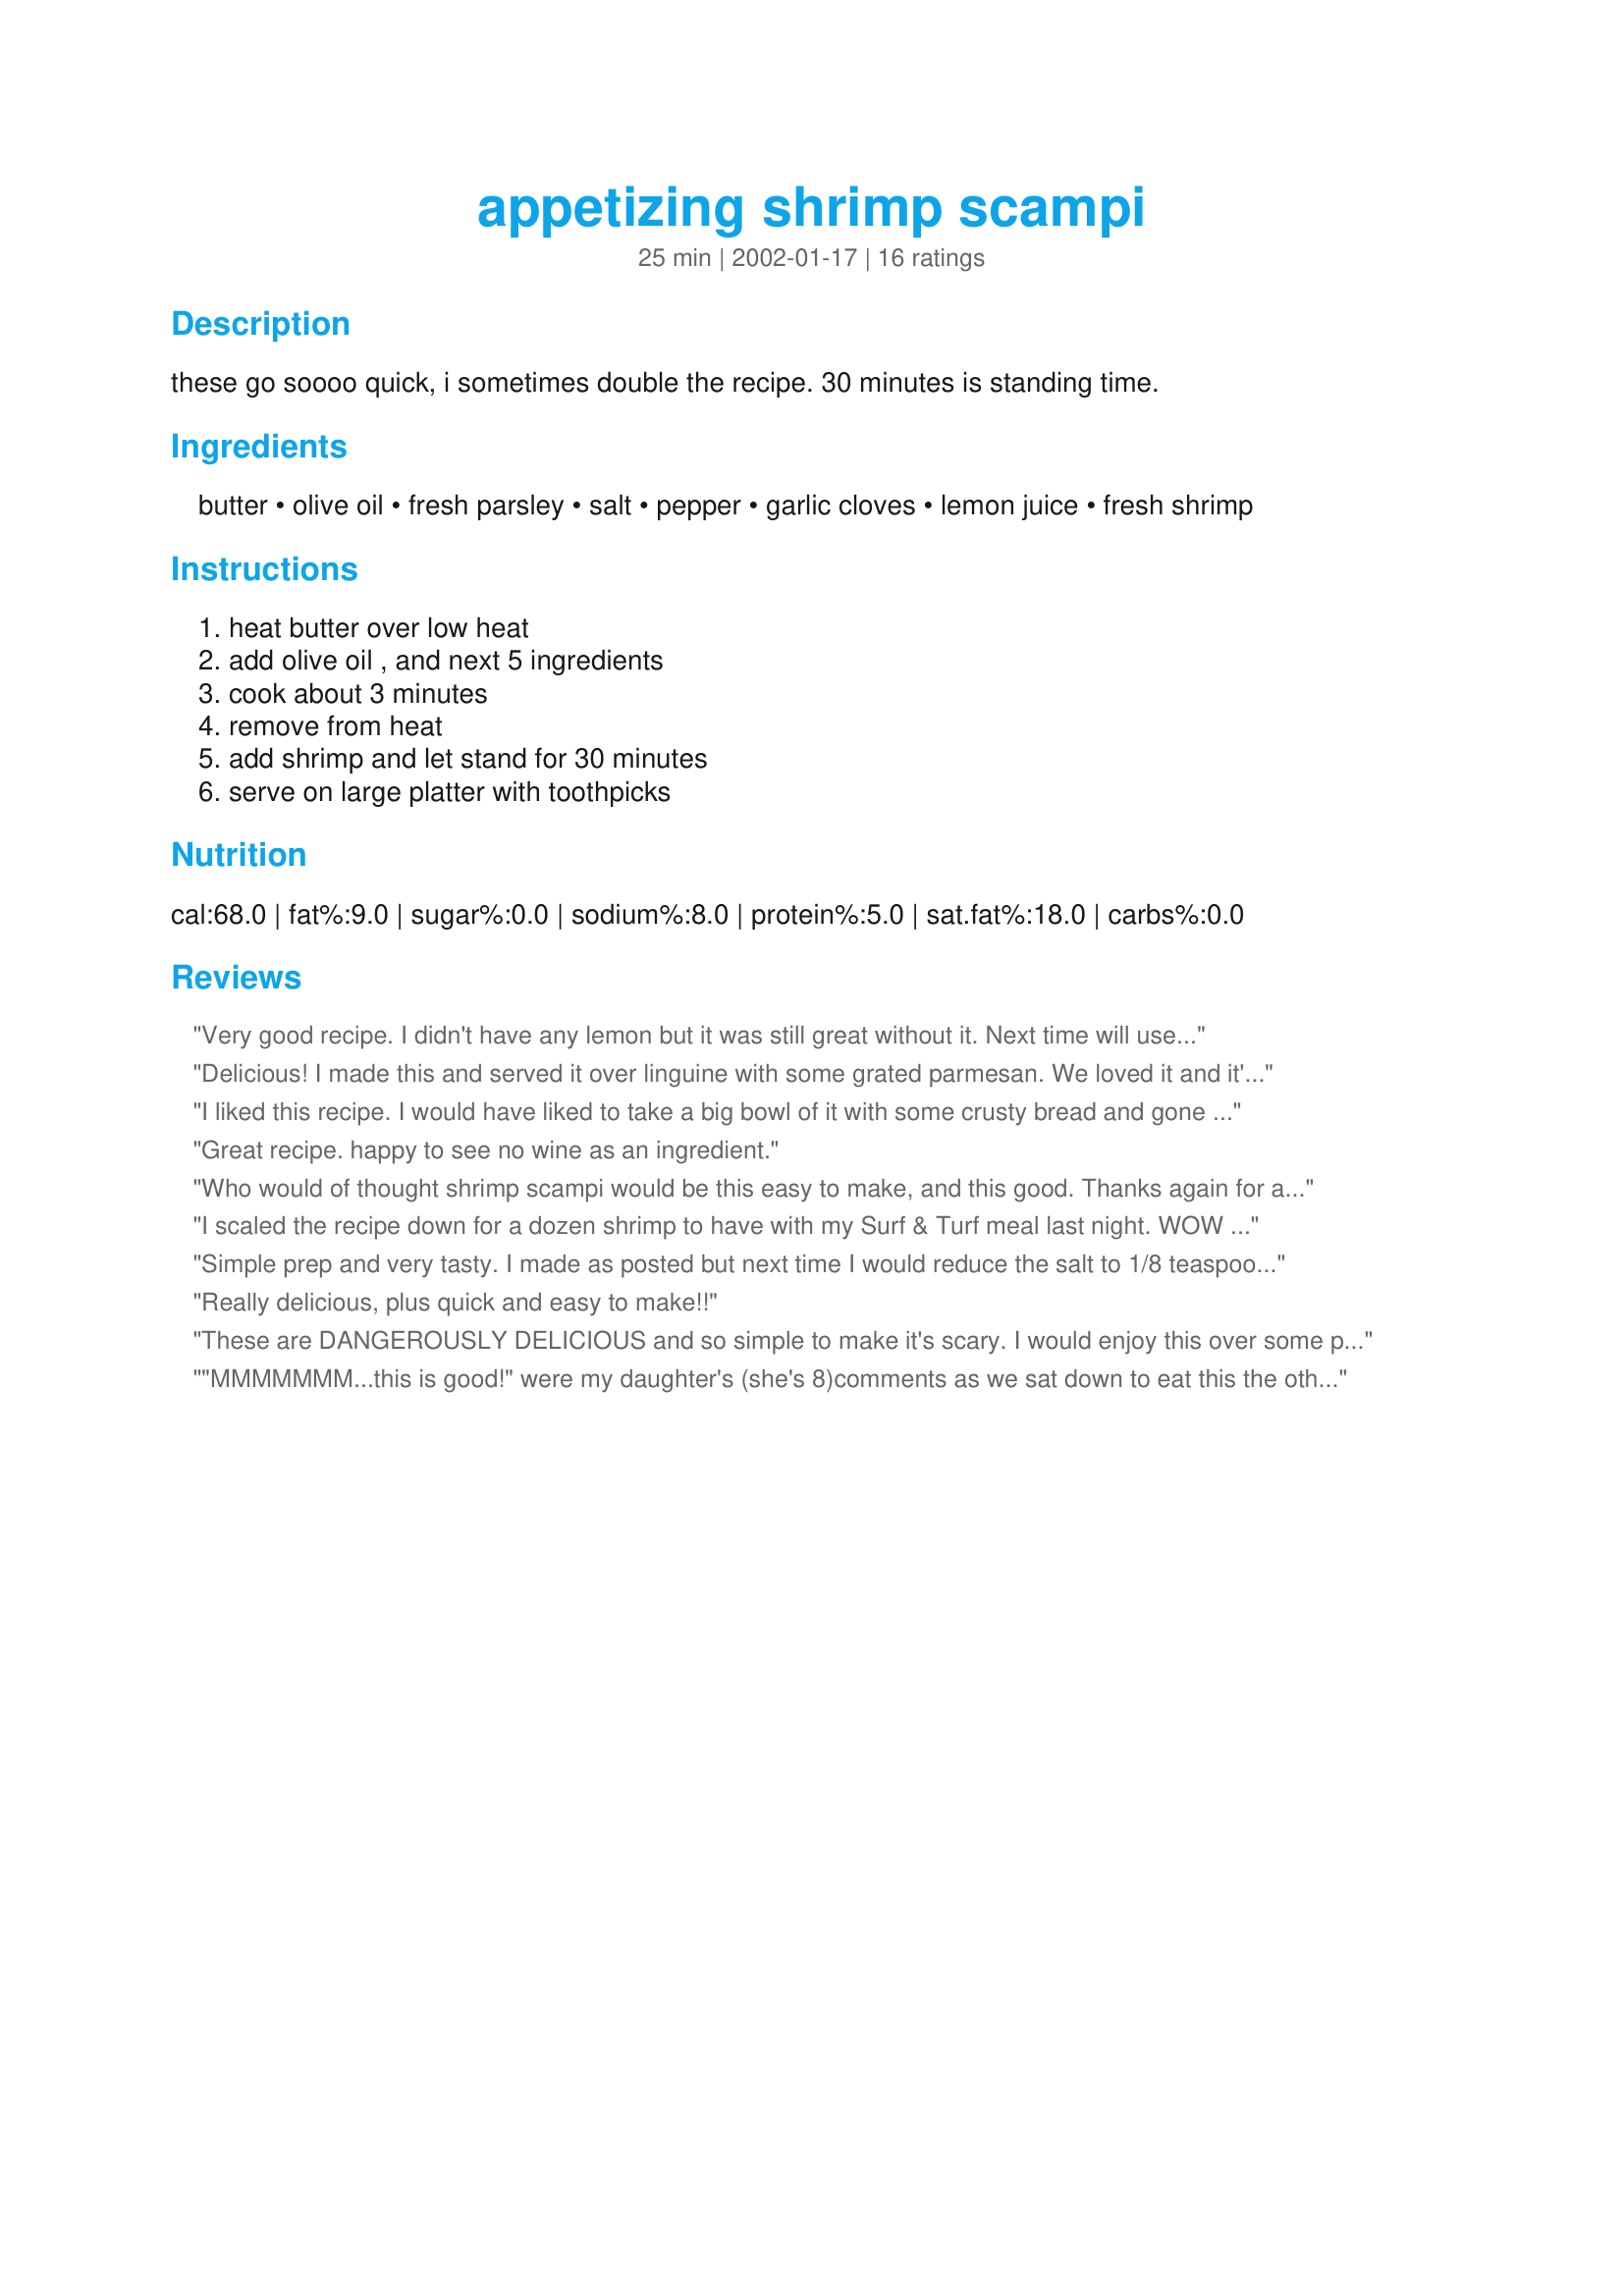
appetizing shrimp scampi
Preparation time: 25 minutes

these go soooo quick, i sometimes double the recipe. 30 minutes is standing time.

Ingredients:
butter, olive oil, fresh parsley, salt, pepper, garlic cloves, lemon juice, fresh shrimp

Steps:
heat butter over low heat, add olive oil , and next 5 ingredients, cook about 3 minutes, remove from heat, add shrimp and let stand for 30 minutes, serve on large platter with toothpicks

Reviews:
Very good recipe. I didn't have any lemon but it was still great without it. Next time will use the lemon for sure. Again, nice to see no wine in the recipe. Simple and fast. We served it hot as a side dish and my husband barely left any for me!! Will have to double up next time! Thanks
Delicious! I made this and served it over linguine with some grated parmesan. We loved it and it's so simple and easy to make!
I liked this recipe. I would have liked to take a big bowl of it with some crusty bread and gone off into a corner to eat it all myself! The shrimp were swimming in the sauce so for next time, I would strain off the shrimp and keep the left over sauce in a separate container to be used as a dipping sauce, if someone wanted to do that.
Great recipe. happy to see no wine as an ingredient.
Who would of thought shrimp scampi would be this easy to make, and this good. Thanks again for another fabulous recipe Inez!! I actually served this over linguine, and there are no left overs.
I scaled the recipe down for a dozen shrimp to have with my Surf & Turf meal last night. WOW what great flavor. I defiantly will make this again and again. Thanks for posting.
Simple prep and very tasty. I made as posted but next time I would reduce the salt to 1/8 teaspoon. Shrimp is an excellent source for vitamin D. Served ours with brown rice, carrots, and a salad. Thank you MizzNezz for sharing. Made for the first recipe for the 2 for 1: Leftovers event in Cooking Photos forum.
Really delicious, plus quick and easy to make!!
These are DANGEROUSLY DELICIOUS and so simple to make it's scary. I would enjoy this over some pasta too and maybe it would help me eat fewer of them. These are just the right size to pop in your mouth, and they're so BUTTERY. I used a cup of butter, but I think 3/4 cup is probably plenty. Made for P-A-R-T-Y 2009. Thanks MizzNezz!
"MMMMMMM...this is good!" were my daughter's (she's 8)comments as we sat down to eat this the other afternoon. I was looking at the scampi recipes because I had some shrimp and I was really glad I found this one that didn't use white wine...since we don't have wine or other alcohol in the house...I followed the recipe to a "T" except I added garlic salt for the salt, a can of diced tomatoes, and a little more parsley. It was served over spaghetti and my family really enjoyed it! Leftovers were just as good the day after for lunch! Thanks for such a delicious, non-white wine recipe! It's a keeper!
Very good. Quick, easy and tastes great. I served it over angel hair pasta as a main dish and we really enjoyed it. Will definitely make again.
Made this tonight and just took 2 bites. Couldn't wait to rate it 5 stars. Easy and delicious! For me, it doesn't get any better than that. Thanks for sharing this recipe.
Great. Very tasty and easy to make.
This was very very good. My boyfriend from South Florida raved over how perfectly tender the shrimp were. This is definitely a keeper I'll make over and over again. Thanks MizzNezz!!!
Very easy to make, but we thought it was average tasting.
Not bad. Not WOW either. Too much parsley and not enough garlic according to my husband the food critic. The basis of the recipie is great, but area for improvement. We are SO glad we found a non wine recipe. Thanks for it.
